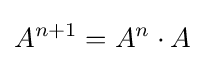
A^{n+1}=A^{n}\cdot A